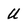
Character: U